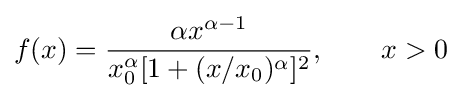
f(x)={\frac {\alpha x^{\alpha -1}}{x_{0}^{\alpha }[1+(x/x_{0})^{\alpha }]^{2}}},\qquad x>0